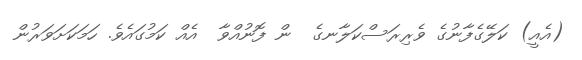
(އެއީ) ކަލޭގެފާނުގެ ވެރިރަސްކަލާނގެ  ން ފޮނުއްވާ  އެއް ކަމުގައެވެ. ހަމަކަށަވަރުން